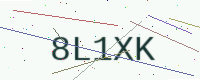
Text: 8L1XK